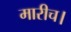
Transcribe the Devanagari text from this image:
मारीच।